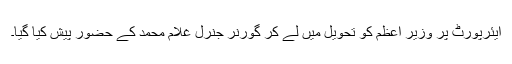
ایئرپورٹ پر وزیر اعظم کو تحویل میں لے کر گورنر جنرل غلام محمد کے حضور پیش کیا گیا۔